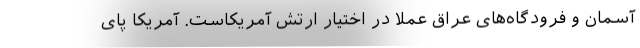
آسمان و فرودگاه‌های عراق عملا در اختیار ارتش آمریکاست. آمریکا پای